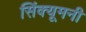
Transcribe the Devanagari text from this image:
सिंक्यूमनी